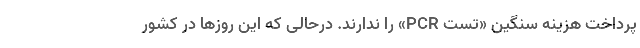
پرداخت هزینه‌ سنگین «تست PCR» را ندارند. درحالی که این روزها در کشور